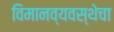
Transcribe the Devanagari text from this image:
विमानव्यवस्थेचा